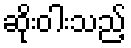
ဆိုးဝါးသည့်